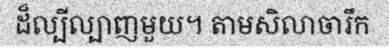
ដ៏ល្បីល្បាញមួយ។ តាមសិលាចារឹក